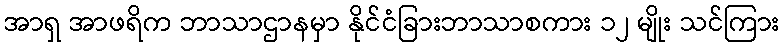
အာရှ အာဖရိက ဘာသာဌာနမှာ နိုင်ငံခြားဘာသာစကား ၁၂ မျိုး သင်ကြား